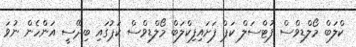
ކްލަބް މޯލްޑިވްސް ފުޓްސަލް ކަޕް ފަށައިފިކްލަބް މޯލްޑިވްސް ކަޕުގައި ބިދޭސީ އަންހެން ނުވަ